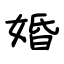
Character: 婚